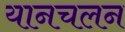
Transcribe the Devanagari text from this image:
यानचलन